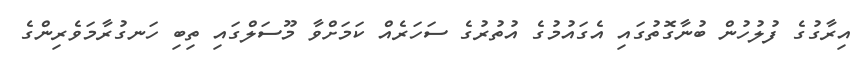
އިރާގުގެ ފުލުހުން ބުނާގޮތުގައި އެގައުމުގެ އުތުރުގެ ސަހަރެއް ކަމަށްވާ މޫސަލްގައި ތިބި ހަނގުރާމަވެރިންގެ